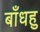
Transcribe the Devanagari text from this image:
बाँधहु